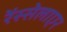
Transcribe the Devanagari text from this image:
रेंस्सेलाएर